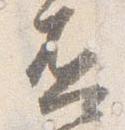
否